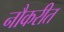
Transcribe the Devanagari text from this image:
नौकरीत